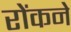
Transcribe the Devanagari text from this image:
रोंकने